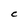
Character: C